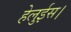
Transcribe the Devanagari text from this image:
हेलुईस।